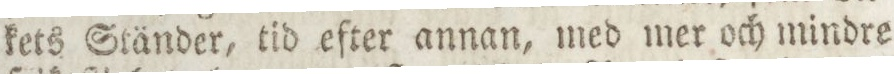
kets Ständer, tid efter annan, med mer och mindre